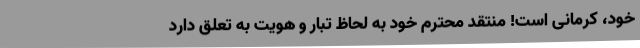
خود، کرمانی است! منتقد محترم خود به لحاظ تبار و هویت به تعلق دارد